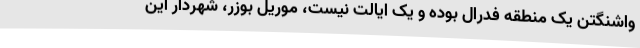
واشنگتن یک منطقه فدرال بوده و یک ایالت نیست، موریل بوزر، شهردار این